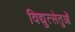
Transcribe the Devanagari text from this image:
विद्युत्सेतुओं